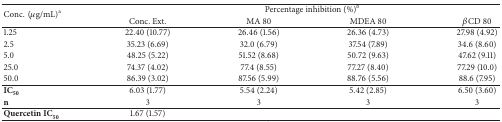
<table><thead><tr><td rowspan="2"><b>Conc.(μg/mL)<sup>a</sup></b></td><td colspan="4"><b>Percentage inhibition (%)<sup>b</sup></b></td></tr><tr><td><b>Conc. Ext.</b></td><td><b>MA 80</b></td><td><b>MDEA 80</b></td><td><b><i><i>β</i></i>CD 80</b></td></tr></thead><tbody><tr><td>1.25</td><td>22.40 (10.77)</td><td>26.46 (1.56)</td><td>26.36 (4.73)</td><td>27.98 (4.92)</td></tr><tr><td>2.5</td><td>35.23 (6.69)</td><td>32.0 (6.79)</td><td>37.54 (7.89)</td><td>34.6 (8.60)</td></tr><tr><td>5.0</td><td>48.25 (5.22)</td><td>51.52 (8.68)</td><td>50.72 (9.63)</td><td>47.62 (9.11)</td></tr><tr><td>25.0</td><td>74.37 (4.02)</td><td>77.4 (8.55)</td><td>77.27 (8.40)</td><td>77.29 (10.0)</td></tr><tr><td>50.0</td><td>86.39 (3.02)</td><td>87.56 (5.99)</td><td>88.76 (5.56)</td><td>88.6 (7.95)</td></tr><tr><td><b>I</b><b>C</b><sub>50</sub></td><td>6.03 (1.77)</td><td>5.54 (2.24)</td><td>5.42 (2.85)</td><td>6.50 (3.60)</td></tr><tr><td><b>n</b></td><td>3</td><td>3</td><td>3</td><td>3</td></tr><tr><td><b>Quercetin</b><b>I</b><b>C</b><sub>50</sub></td><td>1.67 (1.57)</td><td> </td><td> </td><td> </td></tr></tbody></table>